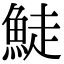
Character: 鯐